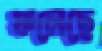
ফলেছে